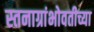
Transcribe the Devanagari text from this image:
स्तनाग्रांभोवतीच्या